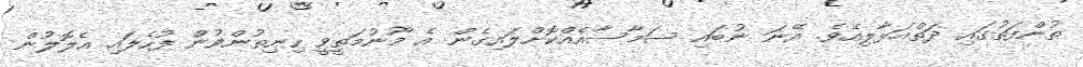
ތުންފަތުގައި ދަތްއަޅާލިއެވެ. އޭނަ ނުބައި ސަމާސާއެއްކޮށްލައިގެން އެ މޫނުމަތީވީ ހިނިތުންވުން ފުހެލައި އެލޮލުން